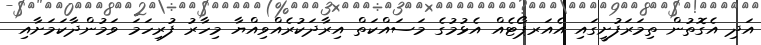
އަދި އެގޮތުން ތިމަރަފުށީގައި އެއަރޕޯޓެއް އެޅުމުގެ މަސައްކަތް އިރާދަކުރެއްވިއްޔާ މިހާރު ފުރިހަމަ ވަމުންދާކަމަށާއި